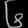
Digit: ၆